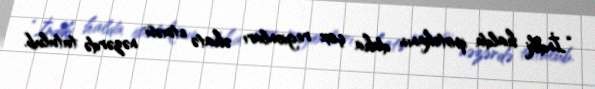
“İndiki halda ipotekanın daha çox regionları əhatə etməsi nəzərdə tutulub.